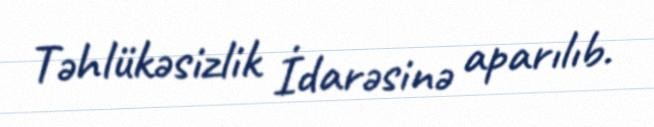
Təhlükəsizlik İdarəsinə aparılıb.